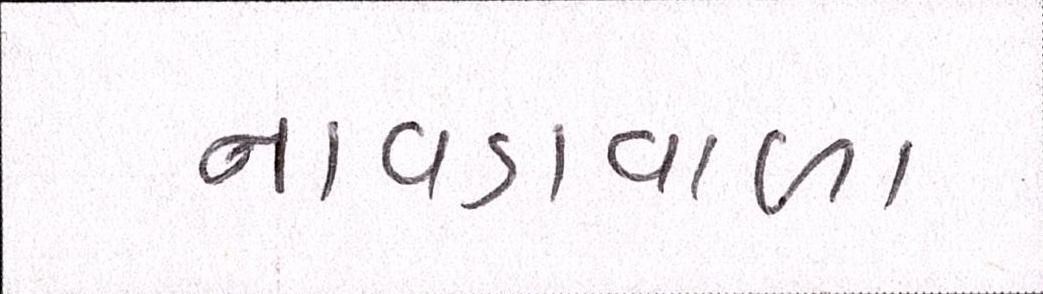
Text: નાવડાવાળા